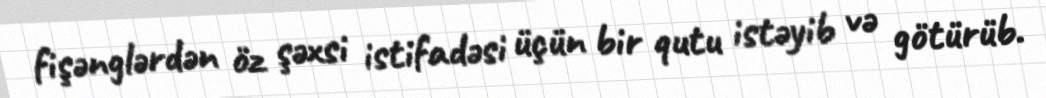
fişənglərdən öz şəxsi istifadəsi üçün bir qutu istəyib və götürüb.